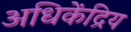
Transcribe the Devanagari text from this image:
अधिकेंद्रिय